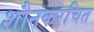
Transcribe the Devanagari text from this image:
शौनकरचित